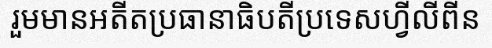
រួមមានអតីតប្រធានាធិបតីប្រទេសហ្វីលីពីន